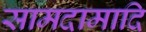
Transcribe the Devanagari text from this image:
सामदामादि